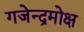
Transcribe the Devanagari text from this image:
गजेन्द्रमोक्ष